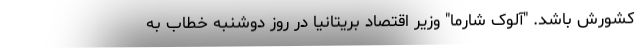
کشورش باشد. "آلوک شارما" وزیر اقتصاد بریتانیا در روز دوشنبه خطاب به